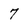
Character: 7